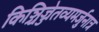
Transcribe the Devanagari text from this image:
किञ्चिज्जेतव्यमर्जुनात्र